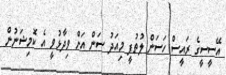
އޭސީސީގެ ރައީސް ހަސަން ލުތުފީ މިއަދު ސަން އަށް ވިދާޅުވީ އެ ކޮމިޝަނުން